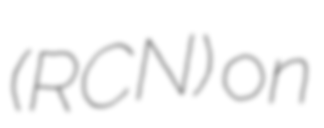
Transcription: (RCN) on